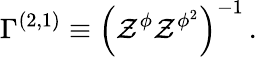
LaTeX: {\Gamma}^{(2,1)}\equiv\left(\mathcal{Z}^{\phi}\mathcal{Z}^{\phi^{2}}\right)^{-1}\, .